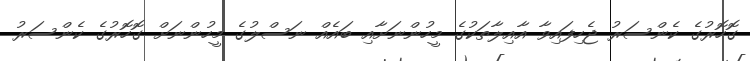
ގޮހޮރުގެ ކެންސަރު ޖެހިފައިވާ އާއިލާތަކުގެ މީހުންނަށާއި ބައެއް ނަސްލުގެ މީހުންނަށް ގޮހޮރުގެ ކެންސަރު